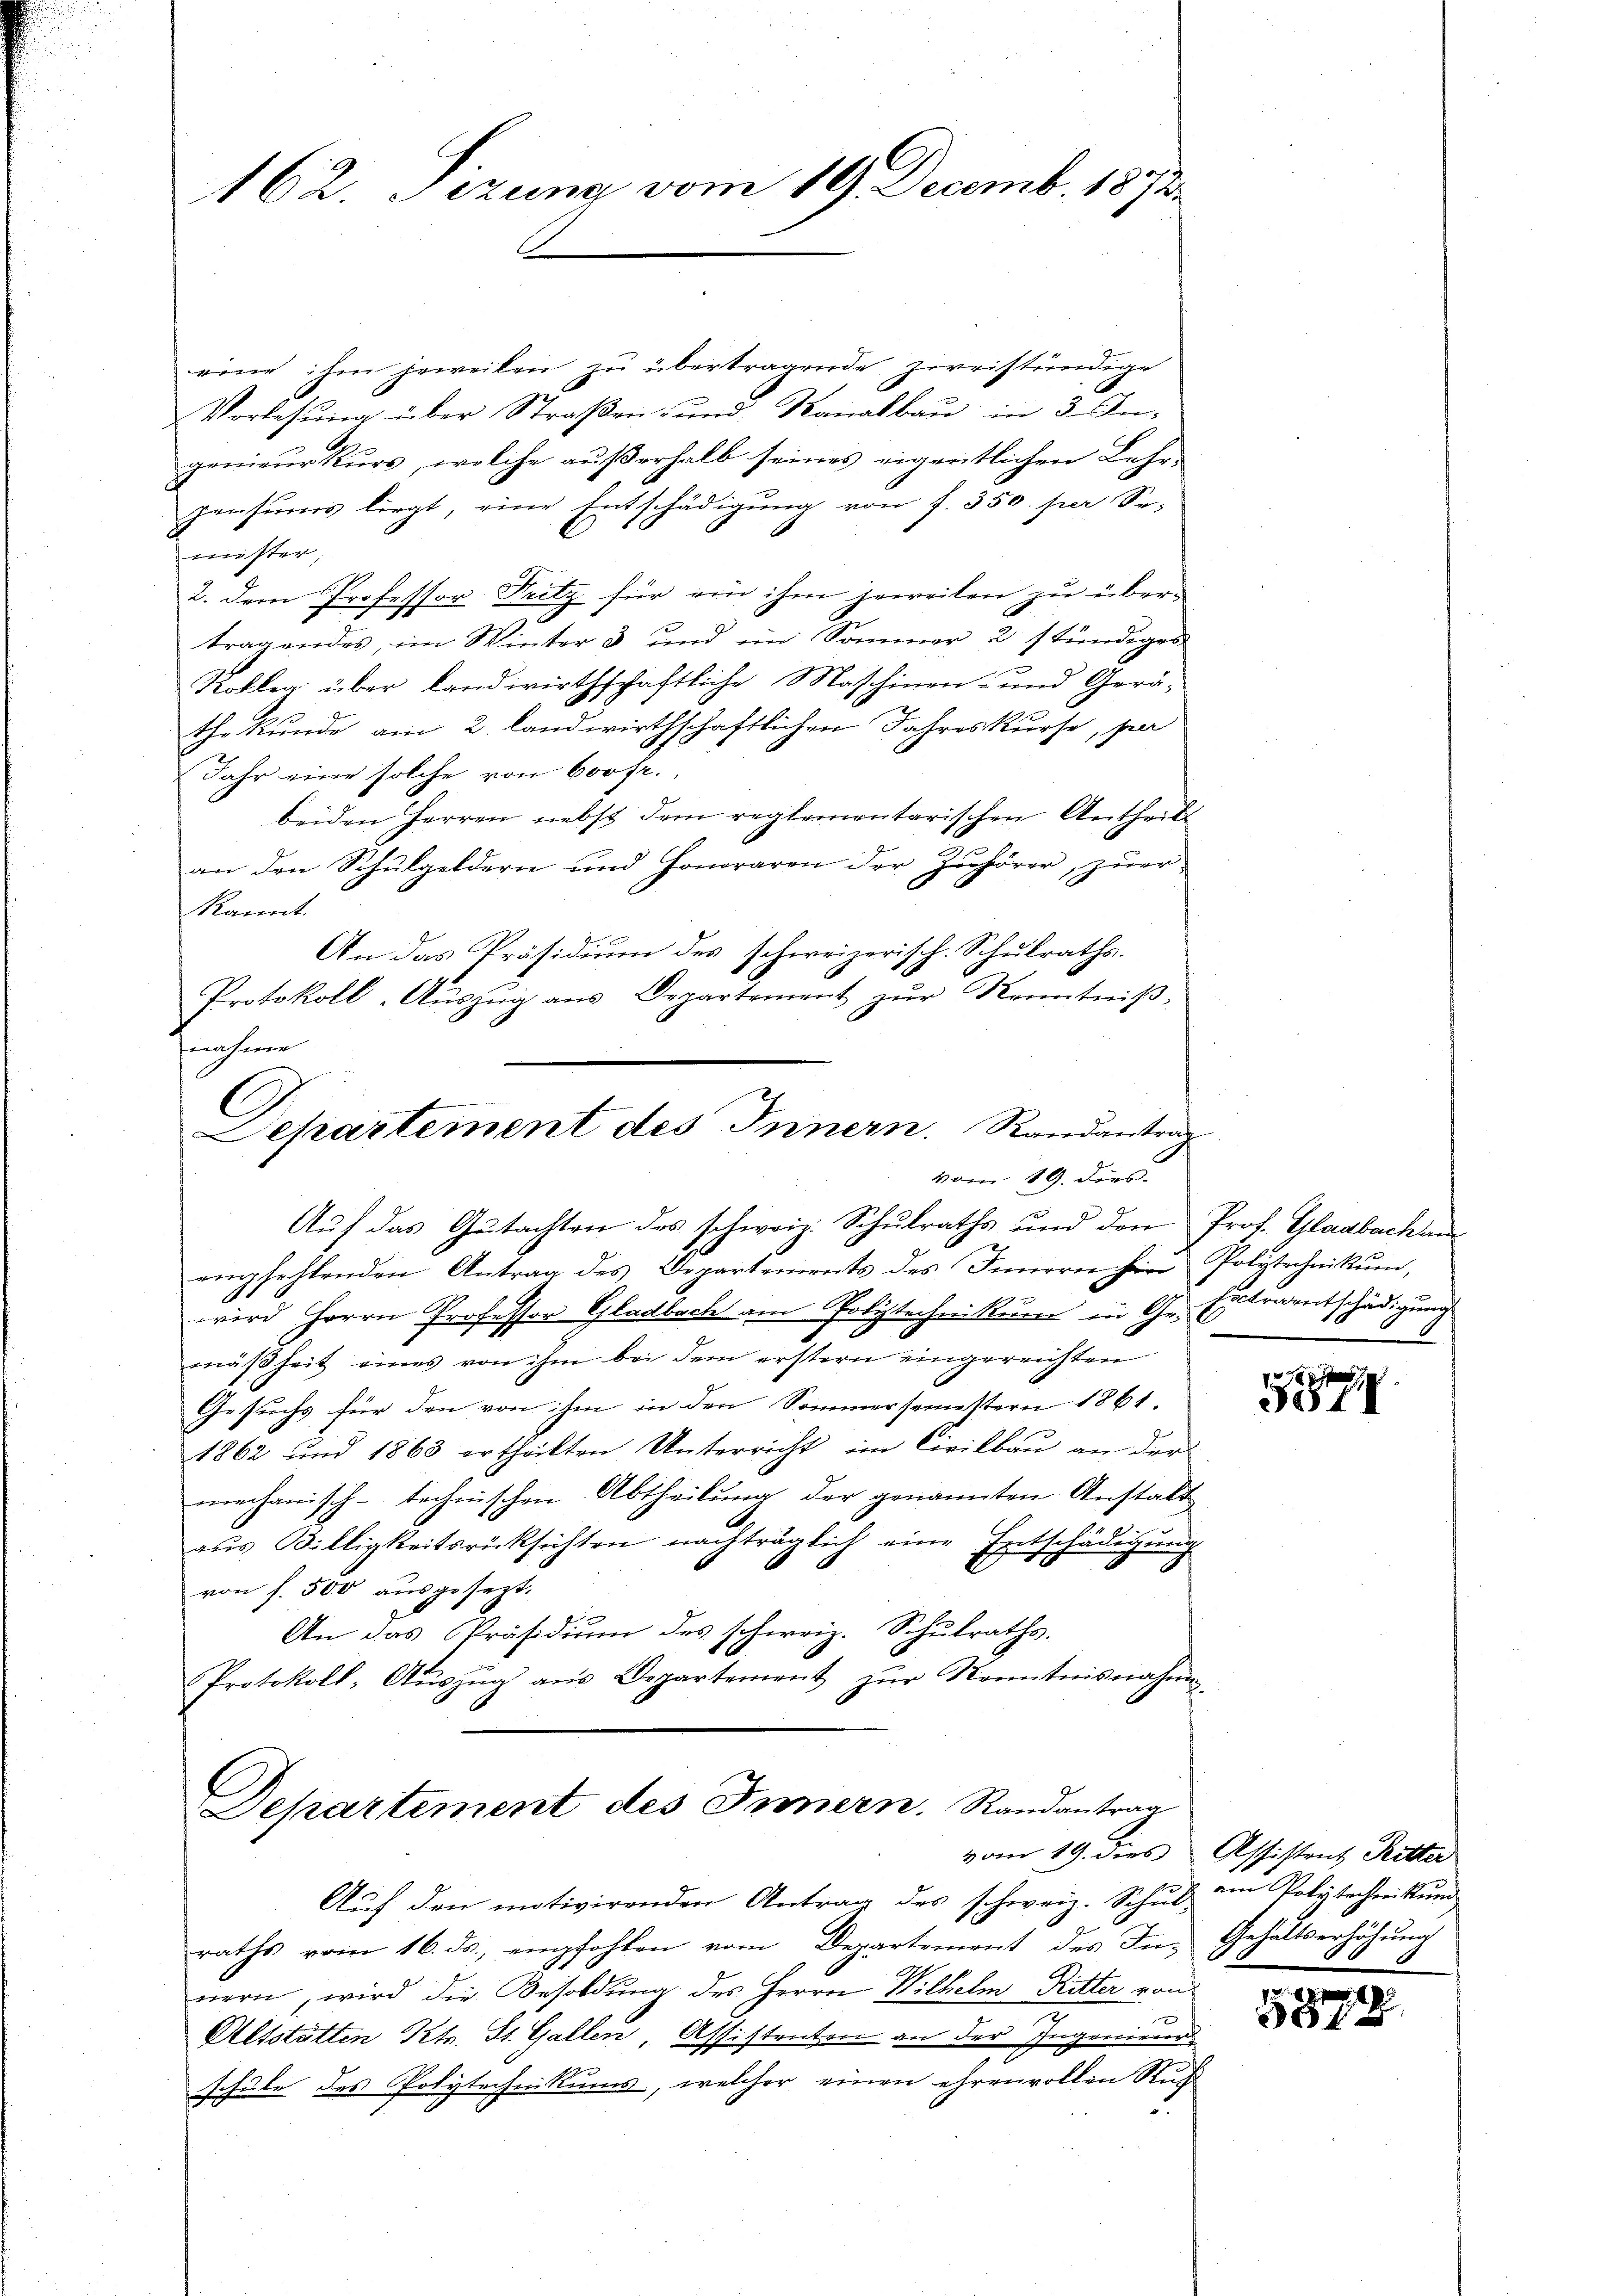
162. Sezung vom 19. Decemb. 1872

eine ihm jeweiben zu übertragende zweiständige
Vorlesung über Straβen- und Kanalbaŭ in 3 An-
genieurkurs, welche außerhalb seines eigentlichen Lehr-
pensums liegt, eine Entschädigung von f. 350. per Sr.
mister;
2. dem Professor Fritz für ein ihm jeweilen zu übertragendes, im Winter 3 und im Sommer 2 stündiges
Kolleg über landwirthschaftliche Maschinen- und Geräthe kunde am 2. landwirthschaftlichen Jahreskurse, per
Jahr eine solche von 600 fr.
beiden Herren nebst dem reglementarischen Antheils
an den Schŭlgeldern und Honoraren der Zuhörer zŭer-
kannt.
An das Präsidium des schweizerisch. Schulraths¬
Protokoll-Auszug aus Departement zur Kenntnißnahme
C
Separtement des Innern. Randantrag

vom 19. dies

Auf das Gutachten des schweiz. Schulraths und den Prof. Gladbach an
empfehlenden Antrag des Departements des Innern hein Polytechnikum,
wird Herrn Professor Gladbach am Polytechnikum in Gemäßheit eines von ihm bei dem erstern eingereichten
Gesuchs für den von ihm in den Sommersemestern 1861.
1862 und 1863 ertheilten Unterricht im Civilbaŭ an der
mechanisch-technischen Abtheilung der genannten Anstalt
aus Billigkeitsrücksichten nachträglich eine Entschädigung
.
von f. 500 ausgesezt.
An das Präsidium des schweiz. Schulraths-
Protokoll- Aŭszŭg aŭs Departement zŭr Kenntnisnahmen-

Departement des Innern, Randantrag

Auf den motivirenden Antrag des schweiz. Schŭl am Polytechnikum
raths vom 16. ds., empfohlen vom Departement des Innern, wird die Besoldŭng des Herrn Wilhelm Ritter von
Altstätten Kts. St. Gallen, Assistenten an der Ingenieurs
schule des Polytechnikums, welcher einen ehrenvollen Ruch

Extraentschädigung

1884

vom 19. dies Assistant Ritter
Gehaltserhöhung
9

u
0